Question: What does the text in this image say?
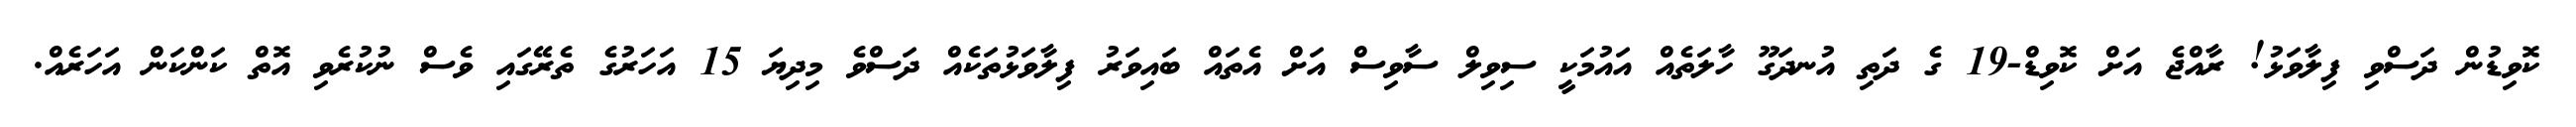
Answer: ކޮވިޑުން ދަސްވި ފިލާވަޅު! ރާއްޖެ އަށް ކޮވިޑް-19 ގެ ދަތި އުނދަގޫ ހާލަތެއް އައުމަކީ ސިވިލް ސާވިސް އަށް އެތައް ބައިވަރު ފިލާވަޅުތަކެއް ދަސްވެ މިދިޔަ 15 އަހަރުގެ ތެރޭގައި ވެސް ނުކުރެވި އޮތް ކަންކަން އަހަރެއް.